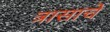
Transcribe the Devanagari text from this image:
त्रासाचे